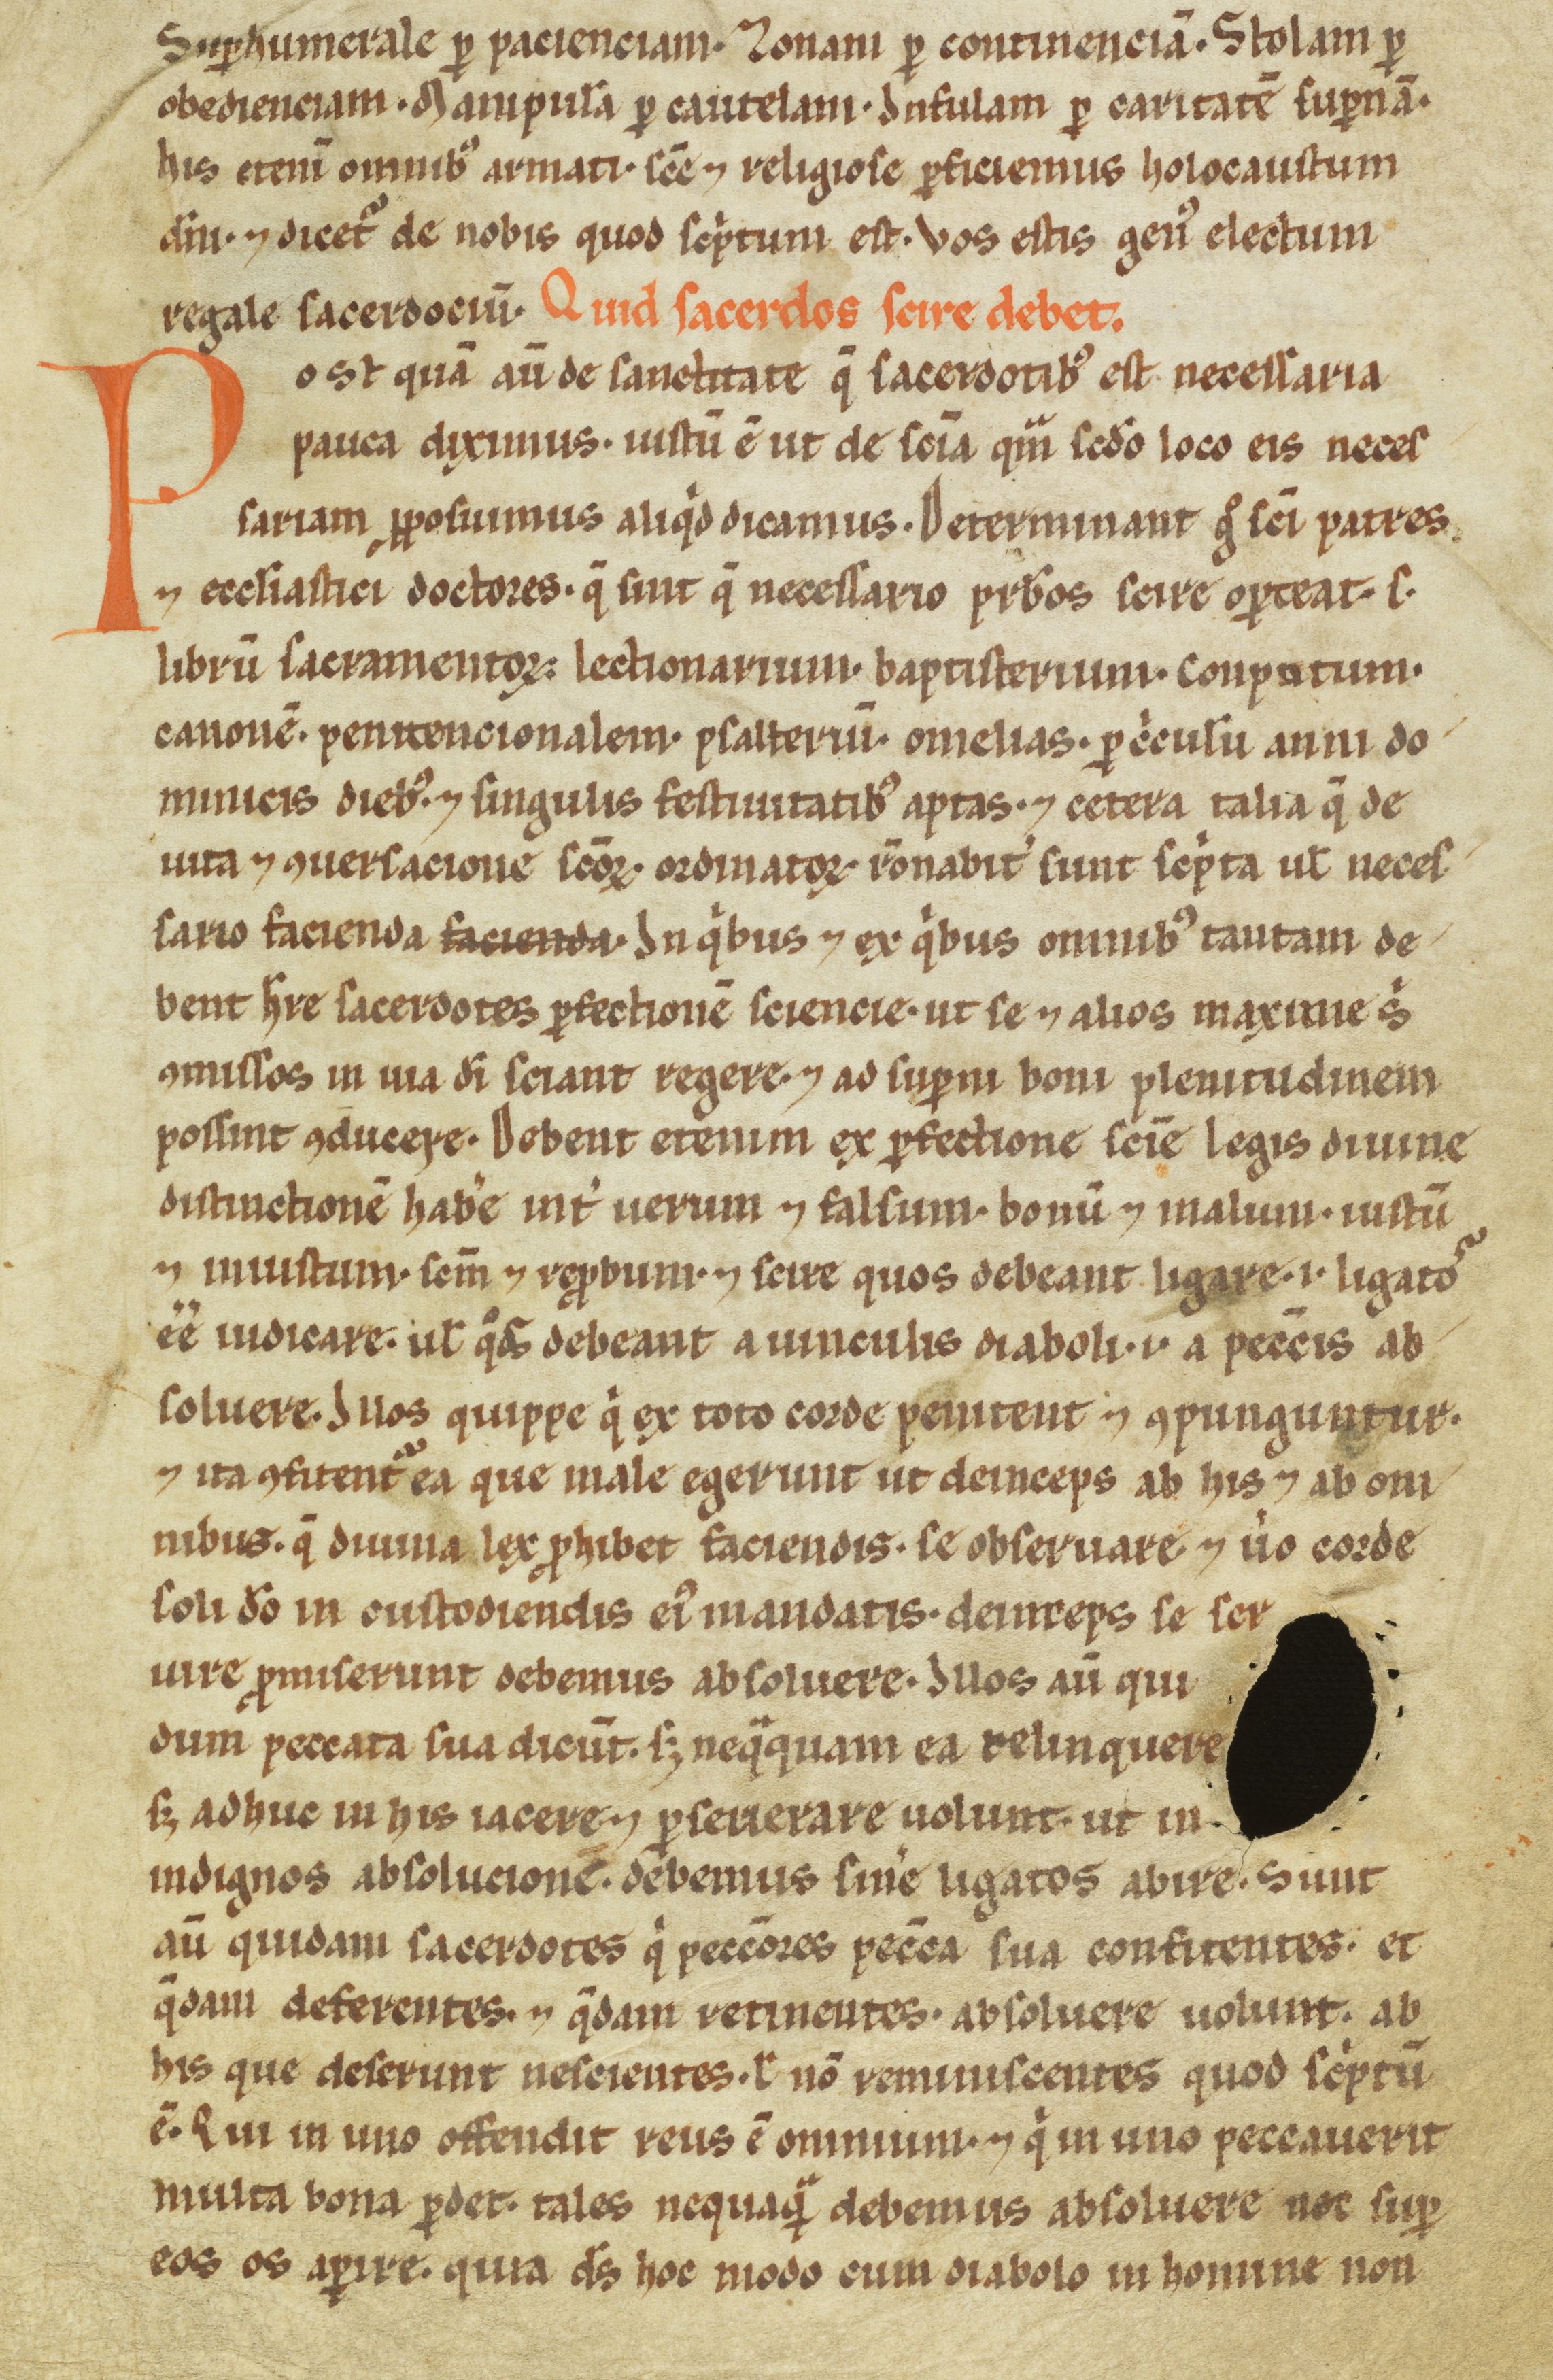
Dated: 1100–1299